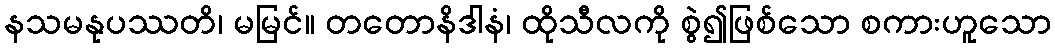
နသမနုပဿတိ၊ မမြင်။ တတောနိဒါနံ၊ ထိုသီလကို စွဲ၍ဖြစ်သော စကားဟူသော